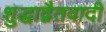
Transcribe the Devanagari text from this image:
शुद्धाद्वैतवादी